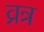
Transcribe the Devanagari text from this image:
व्रत्र